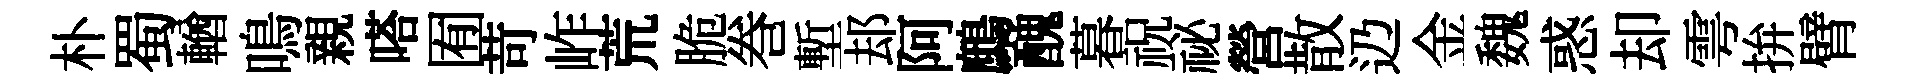
朴蜀輶鳴親嗒囿苛岞荒脆巻塹𨚫阿鷓醜暮祝祕營散辸金魏惑却雩拚臂